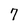
Character: 7